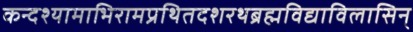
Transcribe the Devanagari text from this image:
कन्दश्यामाभिरामप्रथितदशरथब्रह्मविद्याविलासिन्